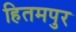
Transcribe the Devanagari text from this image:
हितमपुर